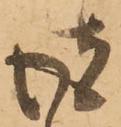
彼